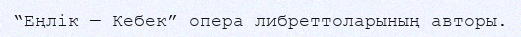
“Еңлік — Кебек” опера либреттоларының авторы.